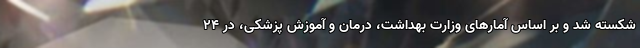
شکسته شد و بر اساس آمارهای وزارت بهداشت، درمان و آموزش پزشکی، در ۲۴